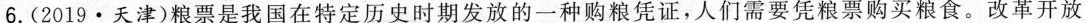
6.(2019·天津)粮票是我国在特定历史时期发放的一种购粮凭证，人们需要凭粮票购买粮食。改革开放